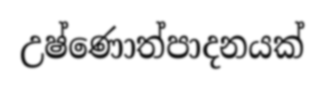
උෂ්ණොත්පාදනයක්